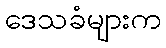
ဒေသခံများက